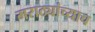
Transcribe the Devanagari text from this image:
मराठ्यांच्याच